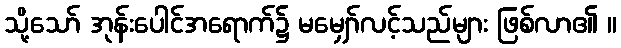
သို့သော် အုန်းပေါင်အရောက်၌ မမျှော်လင့်သည်များ ဖြစ်လာ၏ ။